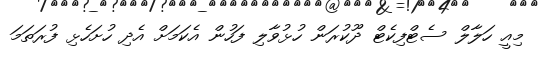
މިއީ ހަލާލް ސެޓްފިކެޓް ދޫކުރަން ހުޅުވާލި ފަހުން އެކަމަށް އެދި ހުށަހެޅި ފުރަތަމަ